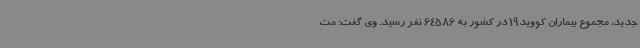
جدید، مجموع بیماران کووید19 در کشور به 64586 نفر رسید. وی گفت: مت